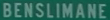
BENSILIMANE